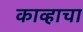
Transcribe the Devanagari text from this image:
काव्हाचा